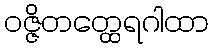
ဝဇ္ဇိတတ္ထေရဂါထာ